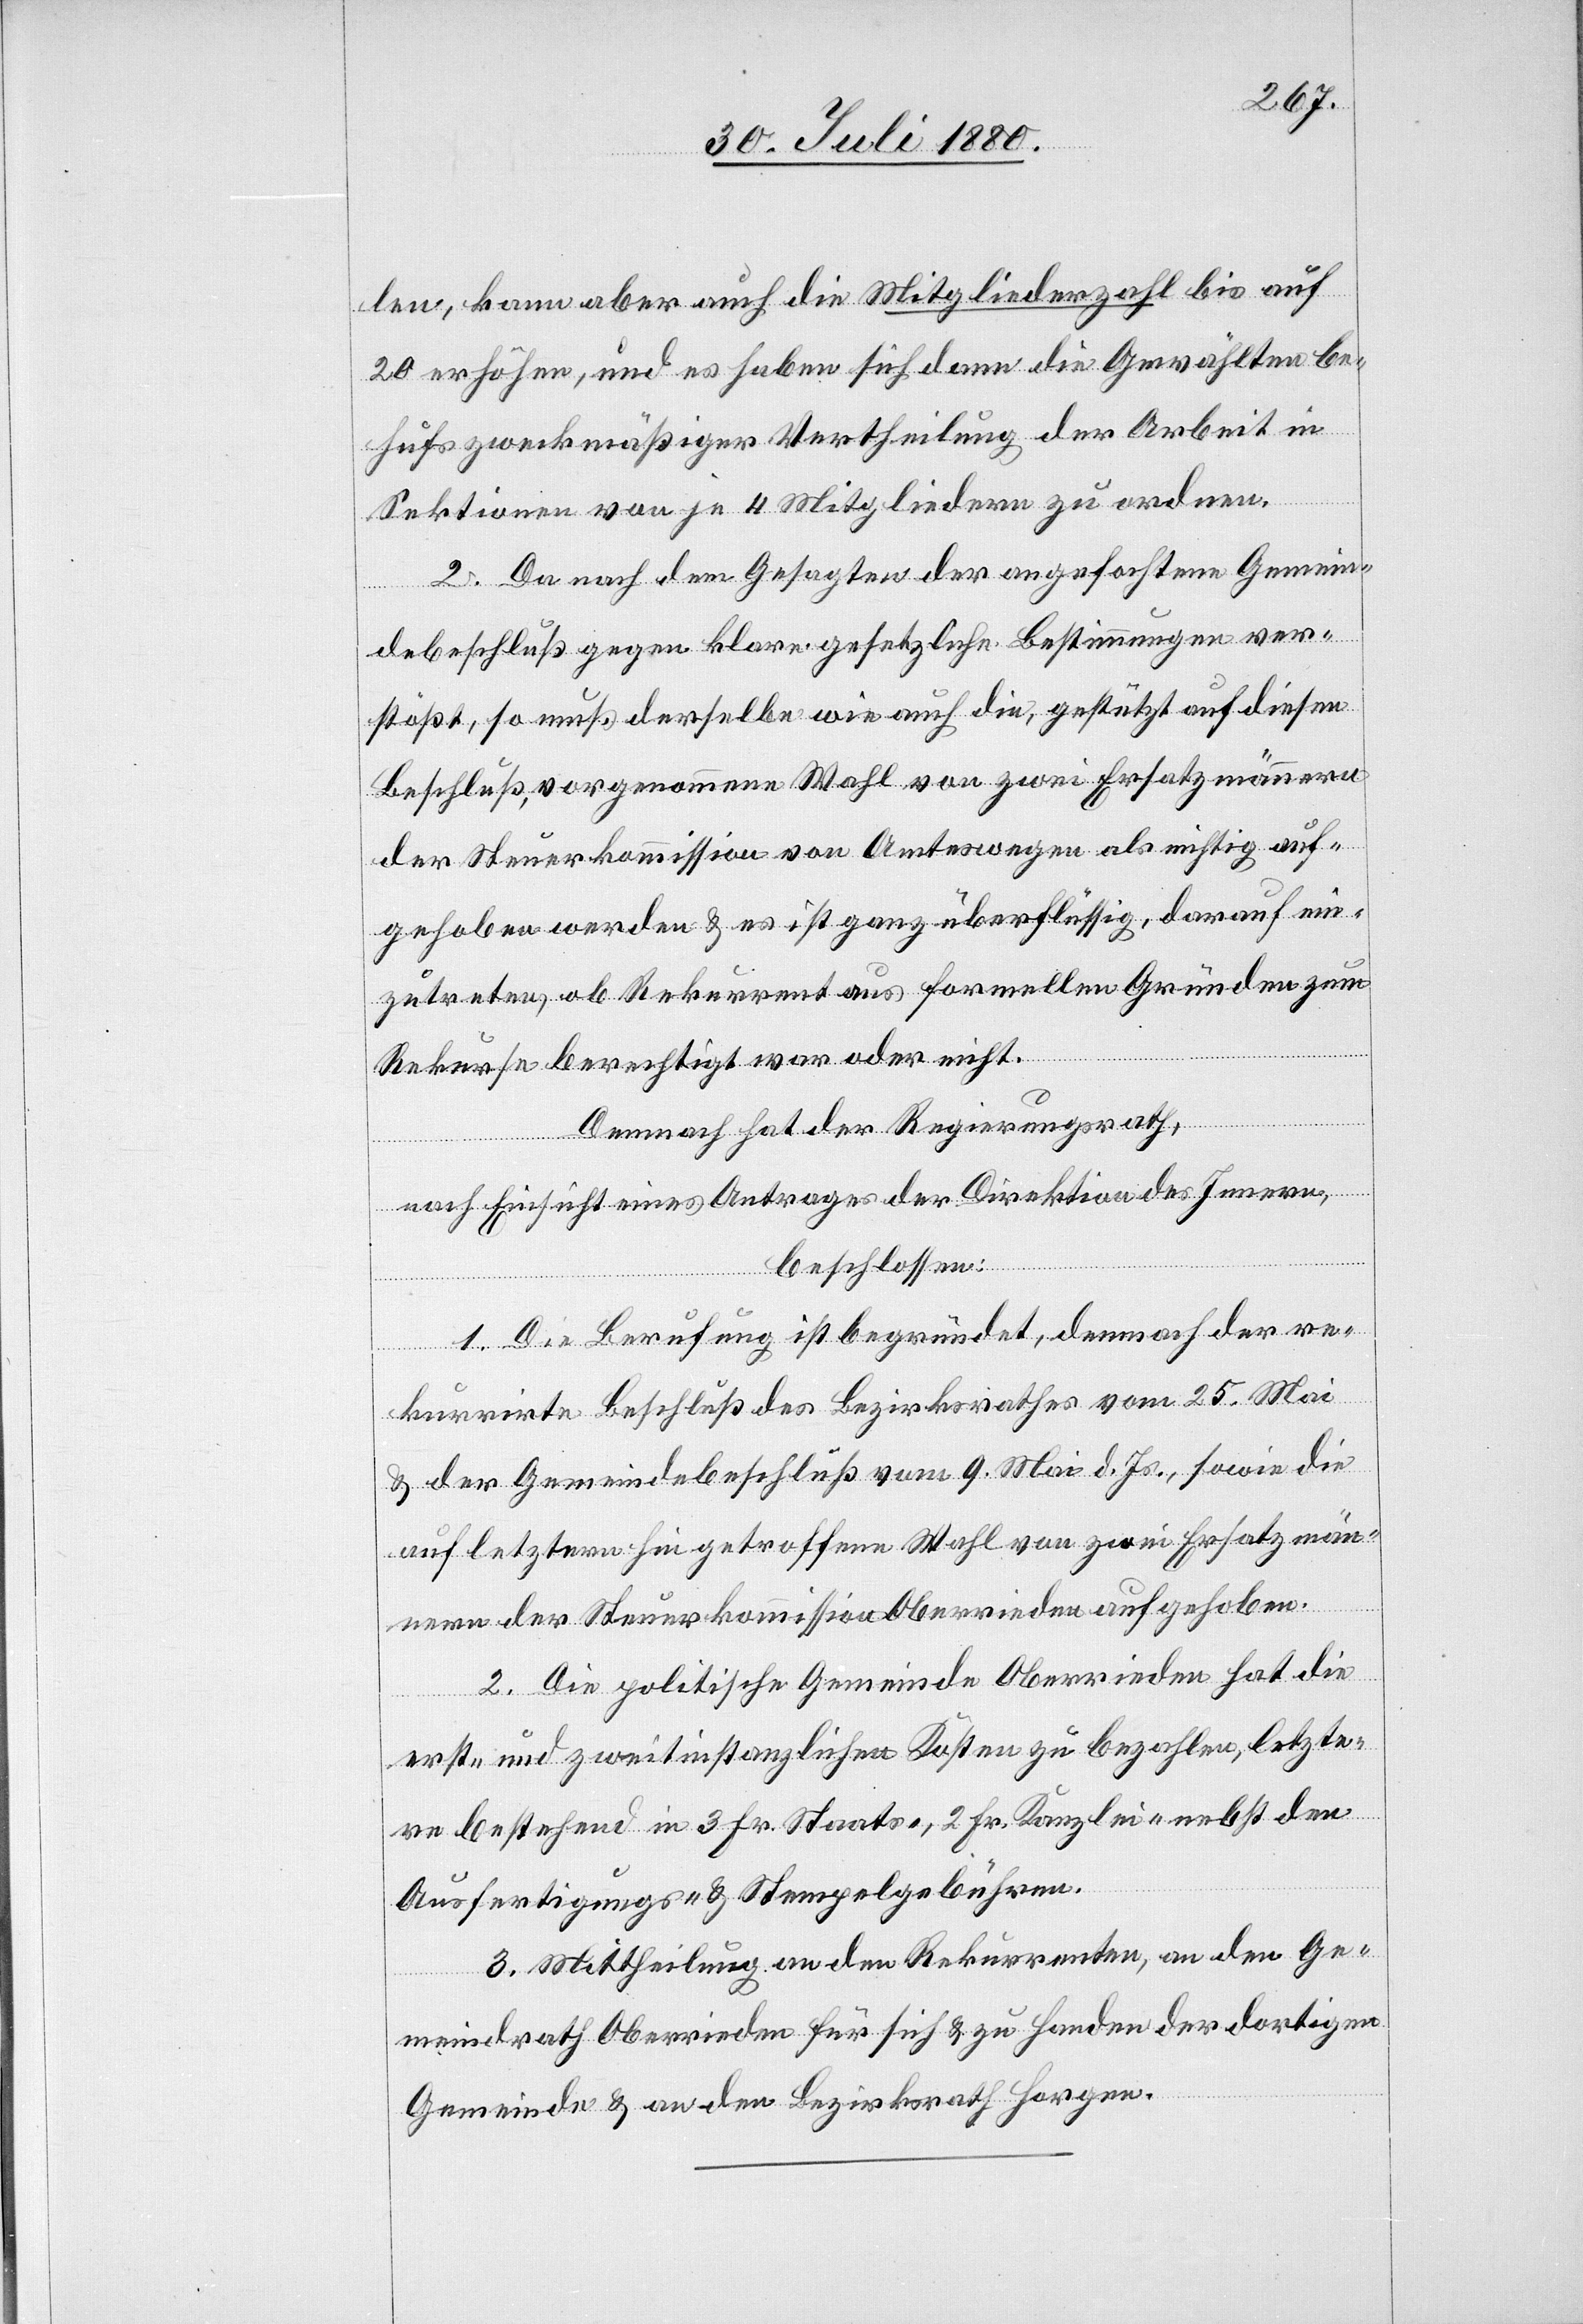
len, kann aber auch die Mitgliederzahl bis auf
20 erhöhen, und es haben sich dann die Gewählten be¬
hufs zweckmäßiger Vertheilung der Arbeit in
Sektionen von je 4 Mitgliedern zu ordnen.
2. Da nach dem Gesagten der angefochtene Gemein¬
debeschluß gegen klare gesetzliche Bestimmungen ver¬
stößt, so muß derselbe wie auch die, gestützt auf diesen
Beschluß, vorgenommene Wahl von zwei Ersatzmännern
der Steuerkommission von Amtswegen als nichtig auf¬
gehoben werden & es ist ganz überflüssig, darauf ein¬
zutreten, ob Rekurrent aus formellen Gründen zum
Rekurse berechtigt war oder nicht.
Demnach hat der Regierungsrath,
nach Einsicht eines Antrages der Direktion des Innern,
beschlossen:
1. Die Berufung ist begründet, demnach der re¬
kurrirte Beschluß des Bezirksrathes vom 25. Mai
& der Gemeindebeschluß vom 9. Mai d. Js., sowie die
auf letztern hin getroffene Wahl von zwei Ersatzmän¬
nern der Steuerkommission Oberrieden aufgehoben.
2. Die politische Gemeinde Oberrieden hat die
erst- und zweitinstanzlichen Kosten zu bezahlen, letzte¬
re bestehend in 3 Fr. Staats-, 2 Fr. Kanzlei- nebst den
Ausfertigungs- & Stempelgebühren.
3. Mittheilung an den Rekurrenten, an den Ge¬
meindrath Oberrieden für sich & zu Handen der dortigen
Gemeinde & an den Bezirksrath Horgen.